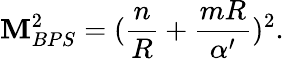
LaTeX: \mathbf{M}_{BPS}^{2}=({\frac{{n}}{{R}}}+{\frac{{mR}}{{\alpha^{\prime}}}})^{2}.